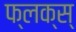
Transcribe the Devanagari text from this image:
फ्लक्स्